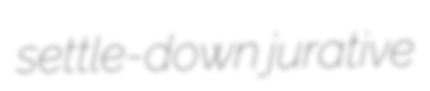
settle-down jurative